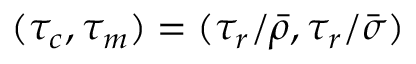
( \tau _ { c } , \tau _ { m } ) = ( \tau _ { r } / \bar { \rho } , \tau _ { r } / \bar { \sigma } )